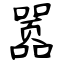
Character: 嚣